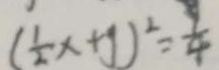
( \frac { 1 } { 2 } x + y ) ^ { 2 } = \frac { y } { 4 }